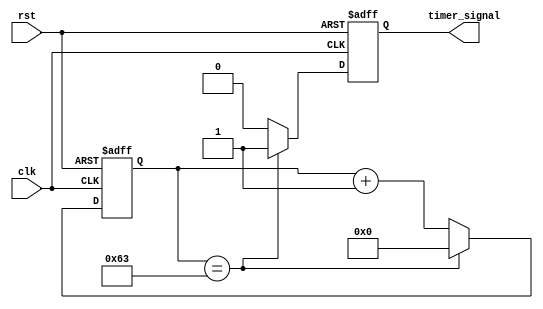
module periodic_timer (
    input wire clk,
    input wire rst,
    output reg timer_signal
);

reg [7:0] count;
parameter PERIOD = 100; //specify the period of the timer here

always @(posedge clk or posedge rst) begin
    if (rst) begin
        count <= 0;
        timer_signal <= 0;
    end
    else begin
        if (count == PERIOD - 1) begin
            count <= 0;
            timer_signal <= 1;
        end
        else begin
            count <= count + 1;
            timer_signal <= 0;
        end
    end
end

endmodule